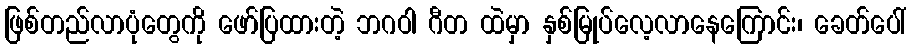
ဖြစ်တည်လာပုံတွေကို ဖော်ပြထားတဲ့ ဘဂဝါ ဂီတ ထဲမှာ နှစ်မြုပ်လေ့လာနေကြောင်း၊ ခေတ်ပေါ်